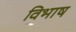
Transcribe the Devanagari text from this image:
विभाष